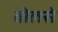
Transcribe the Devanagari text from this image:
वोलसे